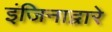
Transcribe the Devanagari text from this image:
इंजिनाद्वारे